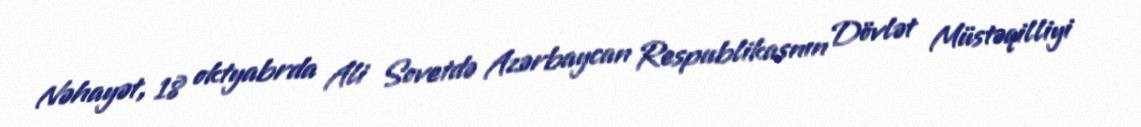
Nəhayət, 18 oktyabrda Ali Sovetdə Azərbaycan Respublikasnın Dövlət Müstəqilliyi